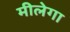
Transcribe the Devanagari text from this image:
मीलेगा